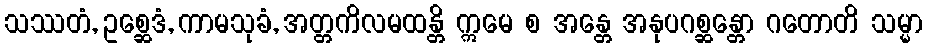
သဿတံ, ဥစ္ဆေဒံ, ကာမသုခံ, အတ္တကိလမထန္တိ ဣမေ စ အန္တေ အနုပဂစ္ဆန္တော ဂတောတိ သမ္မာ